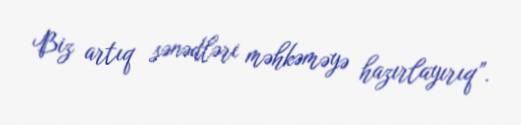
Biz artıq sənədləri məhkəməyə hazırlayırıq”.